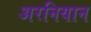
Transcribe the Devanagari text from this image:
अरनियान